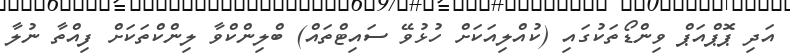
އަދި ޕޮޕްއަޕް ވިންޑޯތަކުގައި (ކުއްލިއަކަށް ހުޅުވޭ ސައިޓްތައް) ބްލިންކްވާ ލިންކްތަކަށް ފިއްތާ ނުލާ